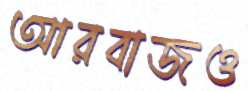
আরবাজও